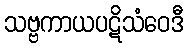
သဗ္ဗကာယပဋိသံဝေဒီ